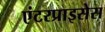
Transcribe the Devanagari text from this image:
एंटरप्राइसेस